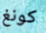
كونغ